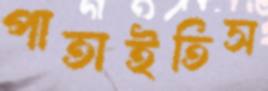
পাতাইতিস